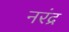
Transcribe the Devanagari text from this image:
नरंद्र